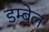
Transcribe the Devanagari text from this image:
डम्बेल